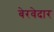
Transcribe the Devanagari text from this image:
बेरवेदार